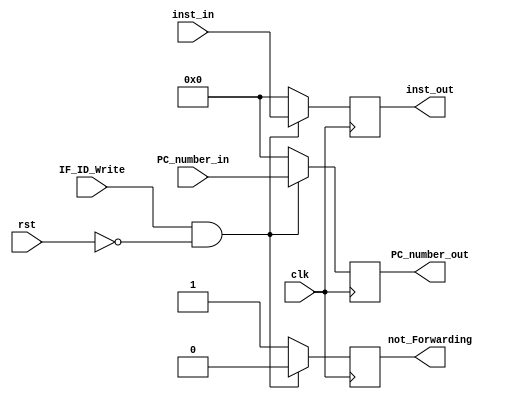
//? -

module IF_ID(
    input wire clk,
    input wire rst,
    input wire IF_ID_Write,
    input wire[31:0] PC_number_in,
    input wire[31:0] inst_in,

    output wire[31:0] PC_number_out,
    output wire[31:0] inst_out,
    output reg not_Forwarding
);

reg[31:0] IF_ID_Reg [0:1];

assign PC_number_out = IF_ID_Reg[0];
assign inst_out = IF_ID_Reg[1];

always@(posedge clk)begin
    if(IF_ID_Write && !rst)begin
        IF_ID_Reg[0] <= PC_number_in;
        IF_ID_Reg[1] <= inst_in;
        not_Forwarding <= 0;
    end else begin
        IF_ID_Reg[0] <= 32'b0;
        IF_ID_Reg[1] <= 32'b0;
        not_Forwarding <= 1;        
    end
end

endmodule